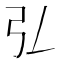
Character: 𢎞